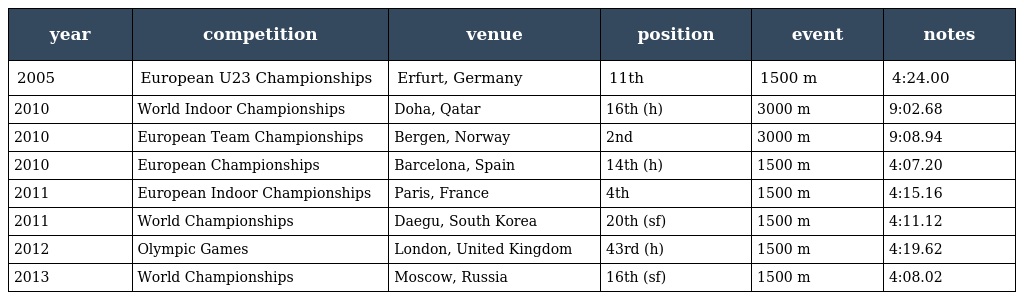
| year | competition | venue | position | event | notes |
 | --- | --- | --- | --- | --- | --- |
 | 2005 | European U23 Championships | Erfurt, Germany | 11th | 1500 m | 4:24.00 |
 | 2010 | World Indoor Championships | Doha, Qatar | 16th (h) | 3000 m | 9:02.68 |
 | 2010 | European Team Championships | Bergen, Norway | 2nd | 3000 m | 9:08.94 |
 | 2010 | European Championships | Barcelona, Spain | 14th (h) | 1500 m | 4:07.20 |
 | 2011 | European Indoor Championships | Paris, France | 4th | 1500 m | 4:15.16 |
 | 2011 | World Championships | Daegu, South Korea | 20th (sf) | 1500 m | 4:11.12 |
 | 2012 | Olympic Games | London, United Kingdom | 43rd (h) | 1500 m | 4:19.62 |
 | 2013 | World Championships | Moscow, Russia | 16th (sf) | 1500 m | 4:08.02 |